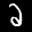
Label: 2